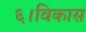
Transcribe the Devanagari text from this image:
६।विकास